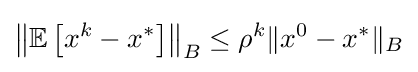
\left\|\mathbb {E} \left[x^{k}-x^{*}\right]\right\|_{B}\leq \rho ^{k}\|x^{0}-x^{*}\|_{B}